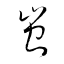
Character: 蚩